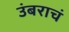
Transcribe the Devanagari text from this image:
उंबराचं